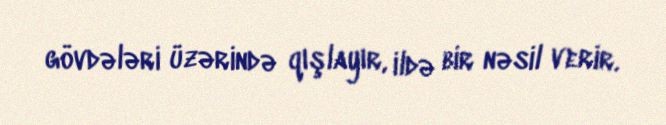
gövdələri üzərində qışlayır, ildə bir nəsil verir.